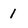
Character: 1